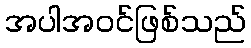
အပါအဝင်ဖြစ်သည်